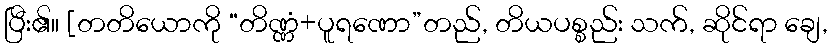
ပြီး၏။ [တတိယောကို “တိဏ္ဏံ+ပူရဏော”တည်, တိယပစ္စည်း သက်, ဆိုင်ရာ ချေ,